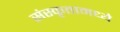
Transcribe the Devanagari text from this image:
संस्कृतामध्ये